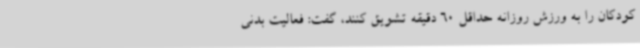
کودکان را به ورزش روزانه حداقل 60 دقیقه تشویق کنند، گفت: فعالیت بدنی